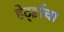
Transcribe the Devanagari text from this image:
हेर्ट्झचा